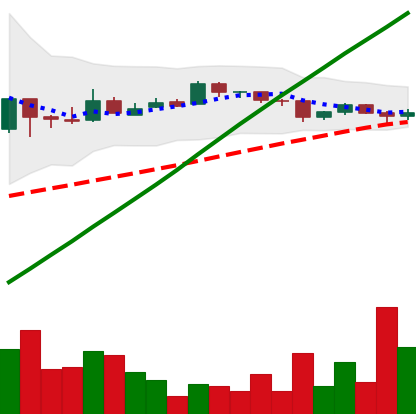
Ticker: BTC-USD
Chart end date: 2016-07-27
Forward return: -7.348%
Label: down_7plus